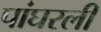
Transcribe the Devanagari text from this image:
पांघरली